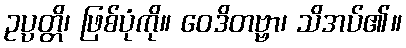
ဥပ္ပတ္တိ၊ ဖြစ်ပုံကို။ ဝေဒိတဗ္ဗာ၊ သိအပ်၏။